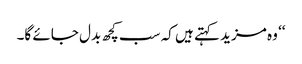
‘‘ وہ مزید کہتے ہیں کہ سب کچھ بدل جائے گا۔